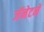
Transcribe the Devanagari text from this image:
जॅनेटने